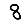
Digit: 8